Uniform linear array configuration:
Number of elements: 8
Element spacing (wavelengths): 1
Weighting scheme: hann
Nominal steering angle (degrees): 30
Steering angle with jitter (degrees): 30.387
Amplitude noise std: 0.05
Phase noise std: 0.05

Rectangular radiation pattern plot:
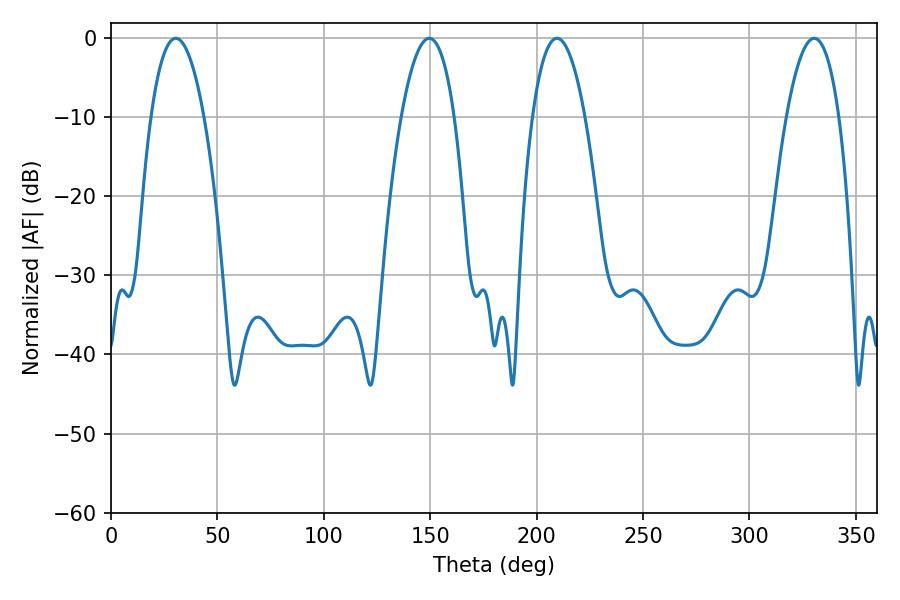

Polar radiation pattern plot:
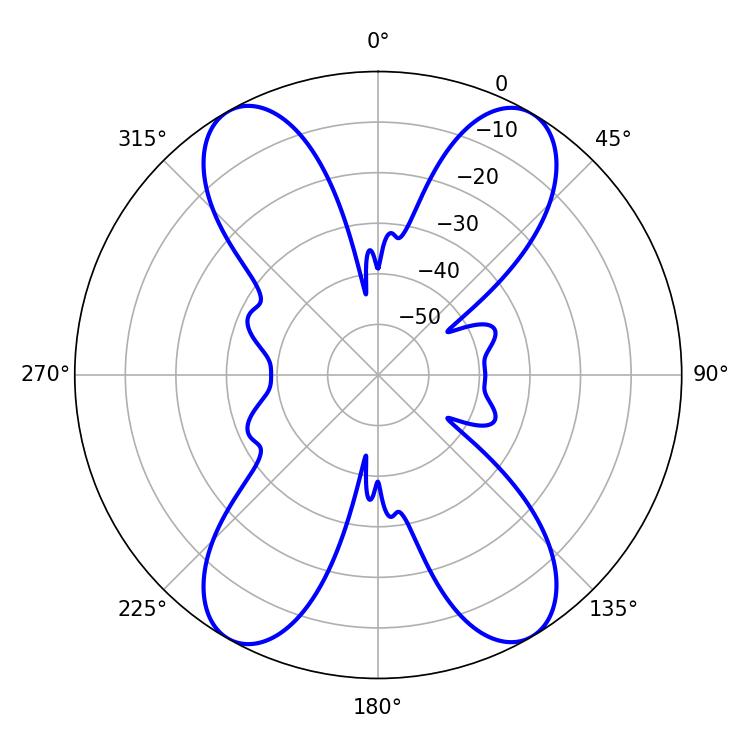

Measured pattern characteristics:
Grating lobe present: TRUE
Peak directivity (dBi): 23.69
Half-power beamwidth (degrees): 13.86
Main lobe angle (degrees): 30.42